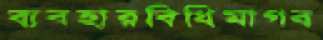
ব্যবহারবিধিমাগব